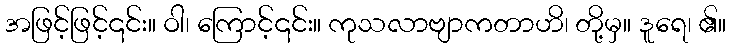
အဖြင့်ဖြင့်၎င်း။ ဝါ၊ ကြောင့်၎င်း။ ကုသလာဗျာကတာဟိ၊ တို့မှ။ ဒူရေ၊ ၏။